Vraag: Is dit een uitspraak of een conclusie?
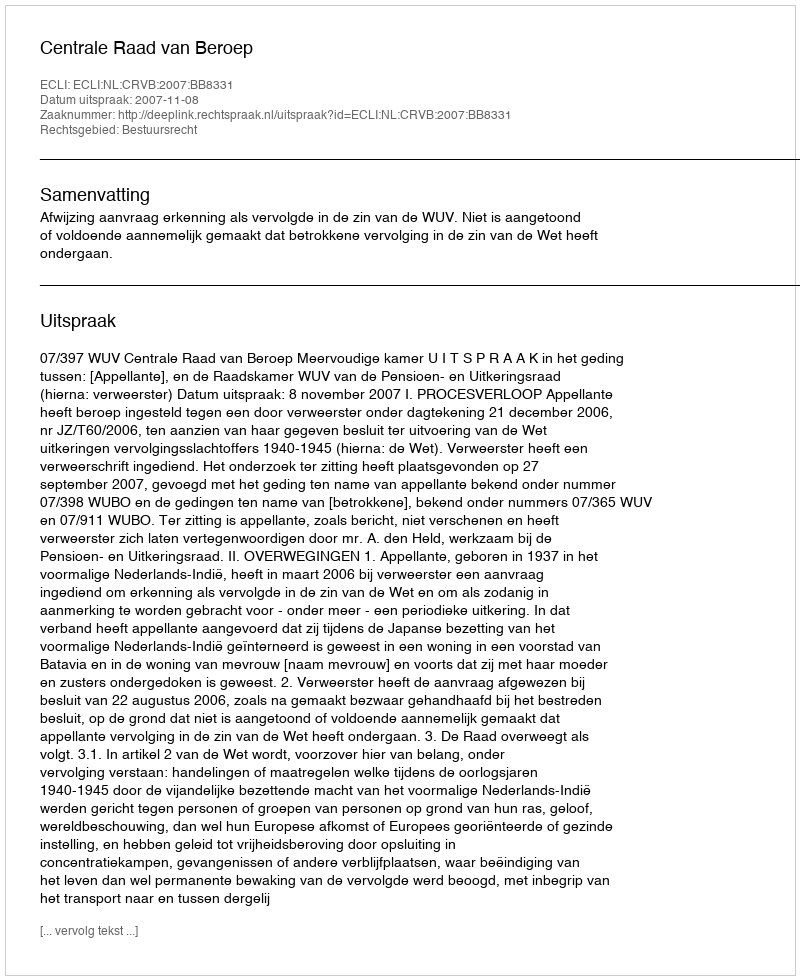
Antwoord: Uitspraak